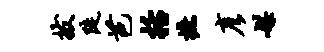
拔陡芭括摭彦媒